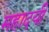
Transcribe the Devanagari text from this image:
महादयी